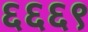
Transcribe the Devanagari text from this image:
६६६९